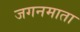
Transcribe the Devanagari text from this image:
जगनमाता